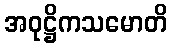
အဝုဋ္ဌိကသမောတိ